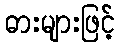
ဓားများဖြင့်